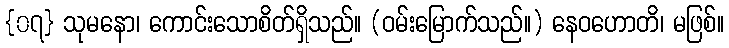
{၀၇} သုမနော၊ ကောင်းသောစိတ်ရှိသည်။ (ဝမ်းမြောက်သည်။) နေဝဟောတိ၊ မဖြစ်။